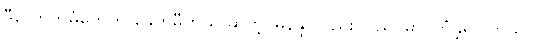
ဒီလောကဓံတွေကို ခေတ်မီတယ် ဆိုတဲ့ မြနန္ဒာလည်း ပြည်ပမှာ ကြုံခဲ့ရပါတယ်။